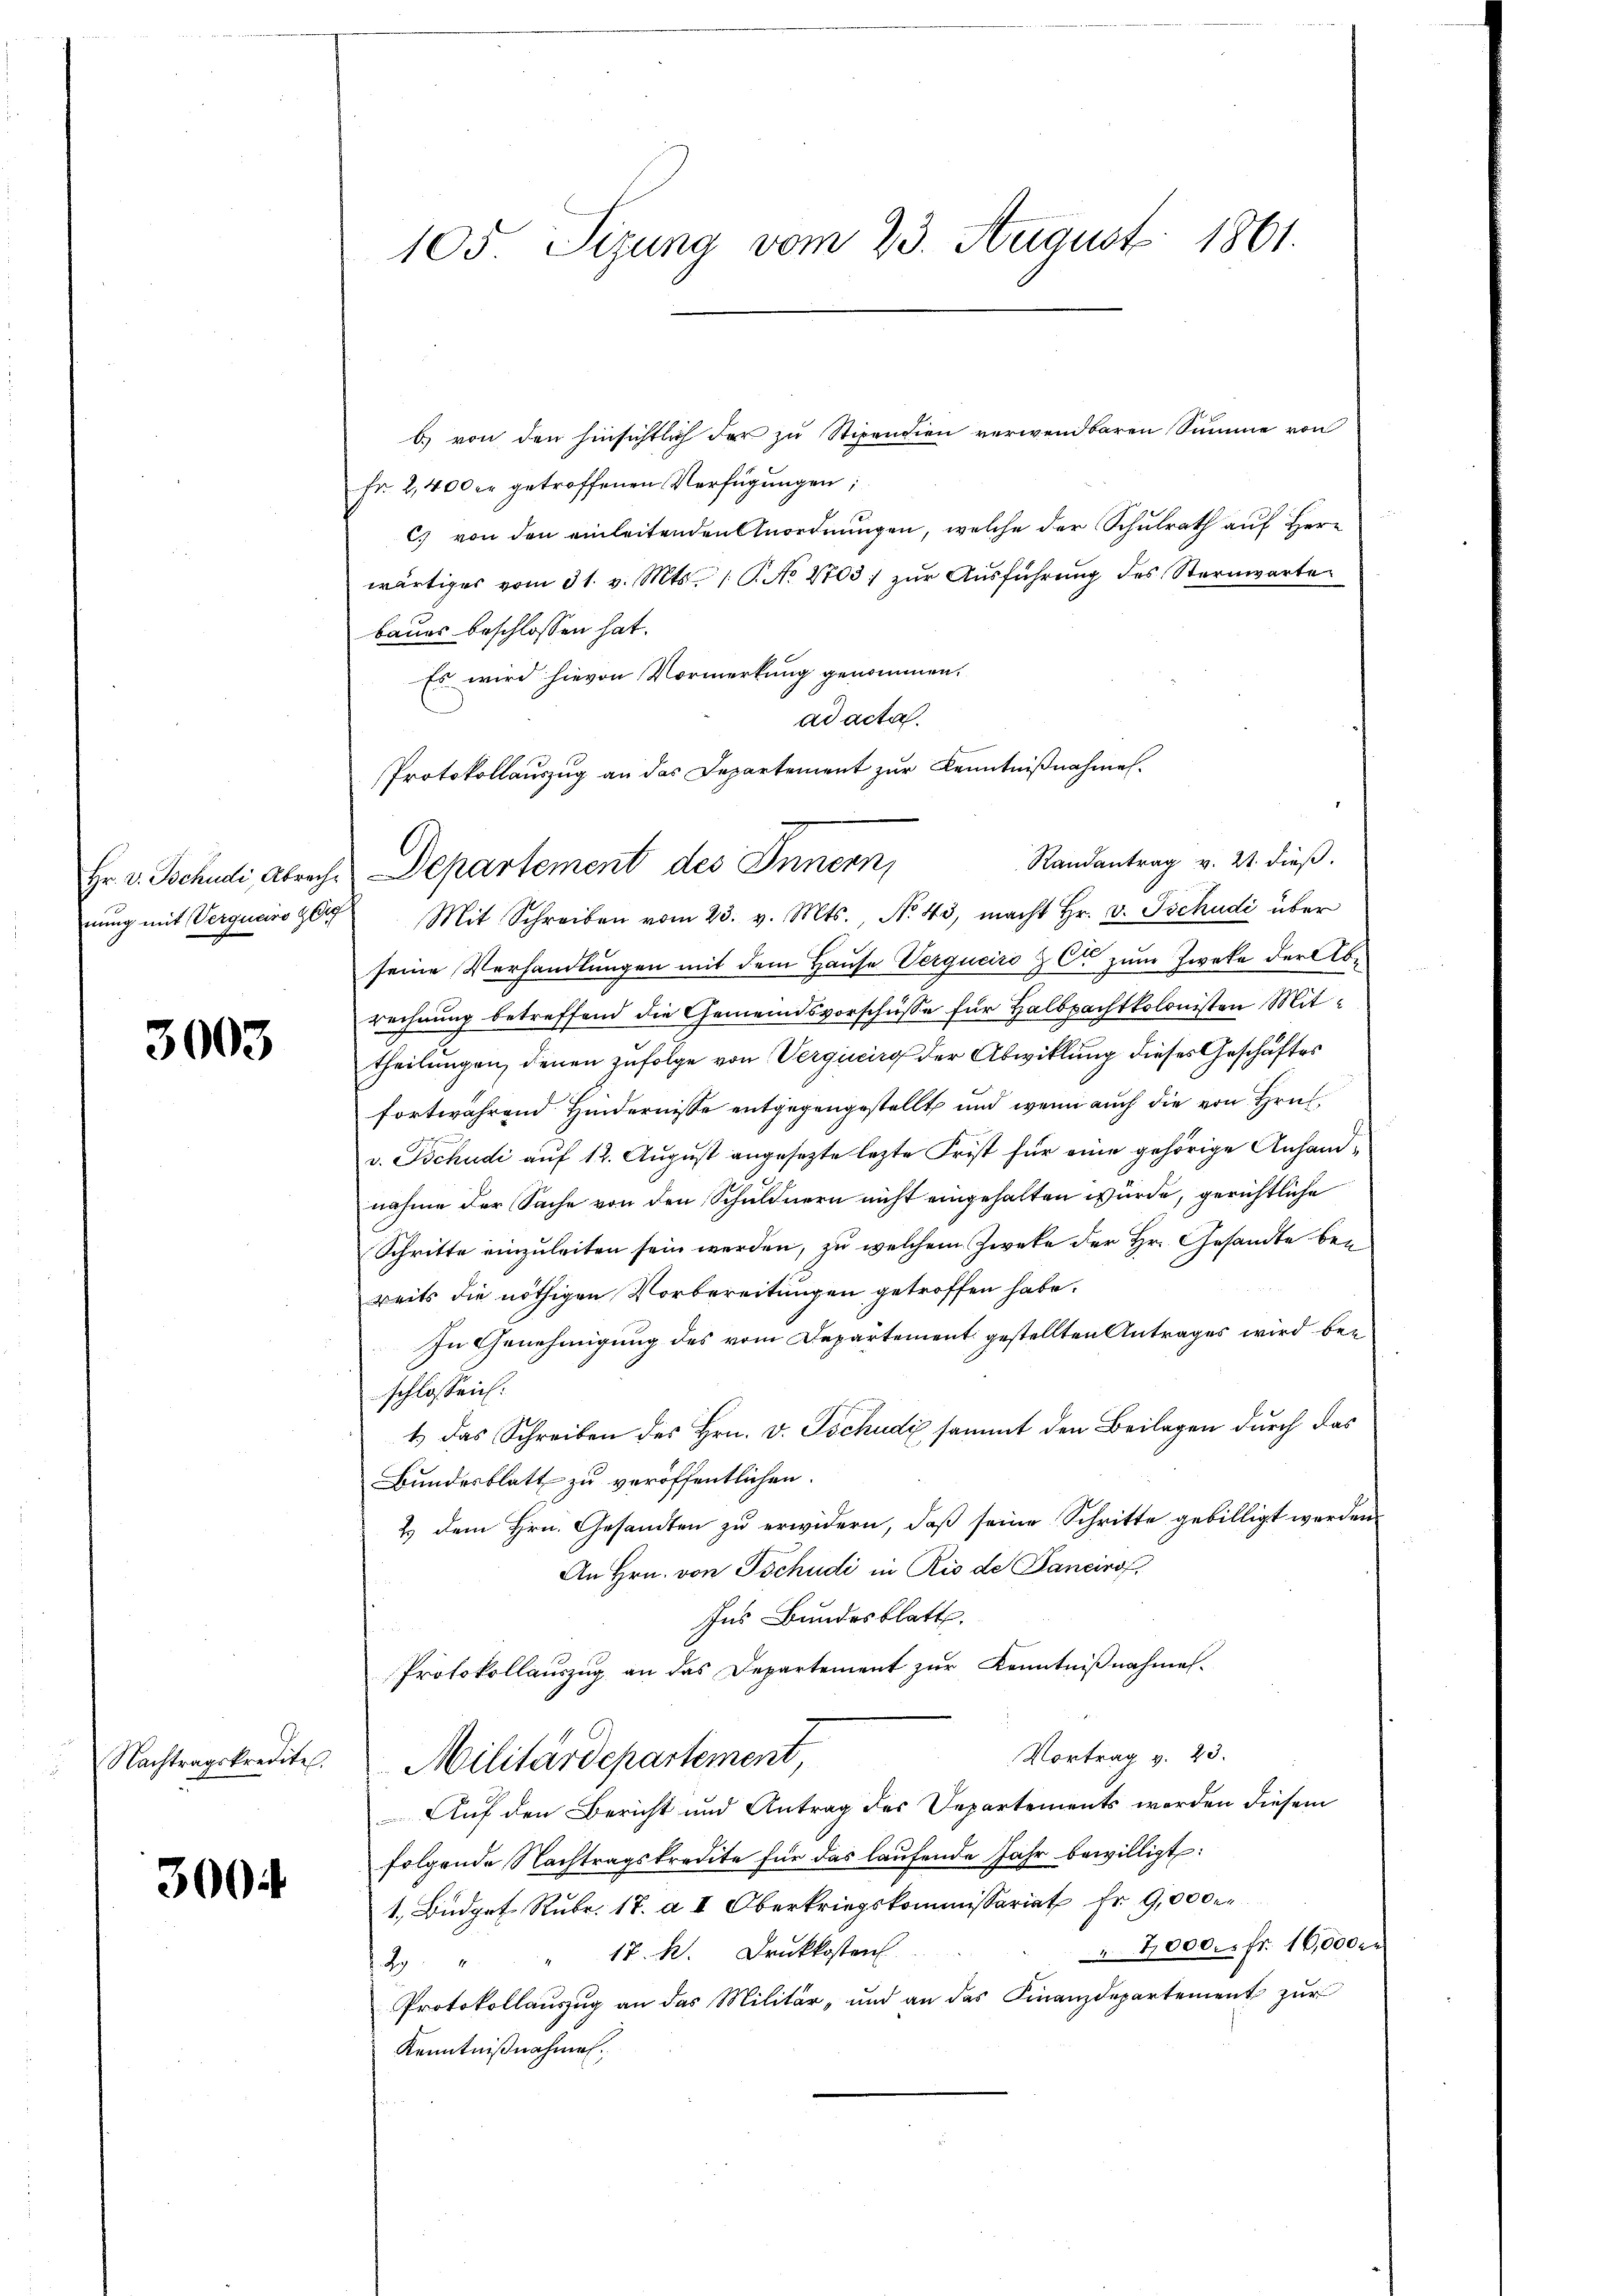
nung mit Verquero ge

3003

3004

105. Sizung vom 23. August 1861.

b) von den hinsichtlich der zu Stipendien verwendbaren Summe von
Fr. 2,400 er getroffenen Verfügungen
c) von den einleitenden Anordnungen, welche der Schulrath auf Herr
wärtiges vom 31. v. Mts. 1. P. No 2703. zŭr Aŭsführung des Sternwarte
baues beschlossen hat.
Es wird hievon Vormerkung genommen.
ad acta.
Protokollauszug an das Departement zur Kenntnißnahmen.
Randantrag v. 21. dieß.
 Mit Schreiben vom 23. v. Mts. No. 43, macht Hr. v. Tschudi über
seine Verhandlungen mit dem Hause Verqueiro & Cie zum Zweke der Abe
rechnung betreffend die Gemeindsvorschüsse für Halbpachtkolonisten Mittheilungen, denen zufolge von Vergucirg der Abwicklung dieses Geschäftes
fortwährend Hindernisse entgegengestellt und wenn auch die von Hrn.
v. Tschudi auf 12. August angesezte lezte Frist für eine gehörige Anhandnahme der Sache von den Schuldnern nicht eingehalten würde, gerichtliche
Schritte einzuleiten sein werden, zu welchem Zwete der Hr. Gesandte bei
reits die nöthigen Vorbereitungen getroffen habe.
In Genehmigung des vom Departement gestellten Antrages wird beschlossen:
1.) Das Schreiben des Hrn. v. Tschudi sammt den Beilagen durch das
Bundesblatt zu veröffentlichen.
2) dem Hrn. Gesandten zu erwidern, daß seine Schritte gebilligt werden
An Hrn. von Tschudi in Rio de Pancirof,
Ins Bundesblatt.
Protokollauszug an das Departement zur Kenntnißnahmes-
Vortrag v. 23.
Nachtragskredite. Militärdepartement
Auf den Bericht und Antrag des Departements worden diesem
folgende Nachtragskredite für das laŭfende Jahr bewilligt:
1. Budget Rubr. 17. a I Oberkriegskommissariat Fr. 9,000
7,000. fr. 16,000 Fr
17. M. Druckkosten
29
Protokollauszug an das Militär- und an das Finanzdepartement zur
Kenntnißnahmen.

Hr. v. Jochudi, Abrech Departement des Innern,